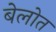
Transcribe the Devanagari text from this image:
बेलोत